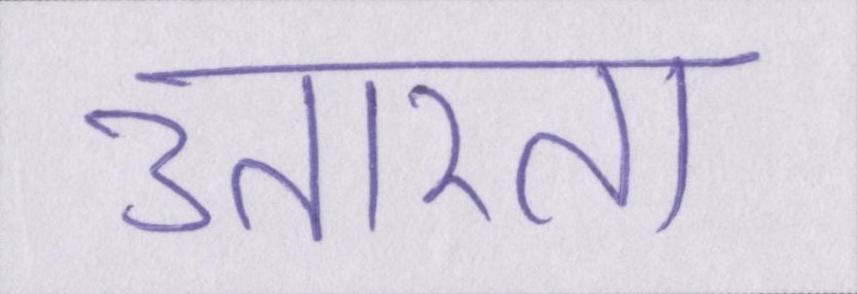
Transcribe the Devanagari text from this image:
उतारता